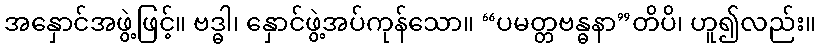
အနှောင်အဖွဲ့ဖြင့်။ ဗဒ္ဓါ၊ နှောင်ဖွဲ့အပ်ကုန်သော။ “ပမတ္တဗန္ဓနာ”တိပိ၊ ဟူ၍လည်း။